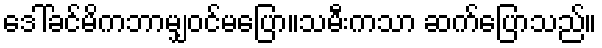
ဒေါ်ခင်မိကဘာမျှဝင်မပြော။သမီးကသာ ဆက်ပြောသည်။